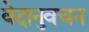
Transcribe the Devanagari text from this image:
वेदानुवचन